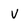
Character: v